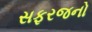
સફરજનો